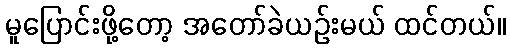
မူပြောင်းဖို့တော့ အတော်ခဲယဉ်းမယ် ထင်တယ်။